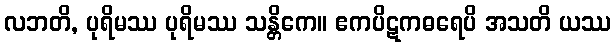
လဘတိ, ပုရိမဿ ပုရိမဿ သန္တိကေ။ ဧကပိဋကဓရေပိ အသတိ ယဿ